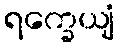
ရက္ခေယျံ